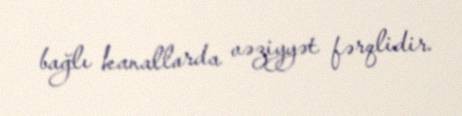
bağlı kanallarda vəziyyət fərqlidir.